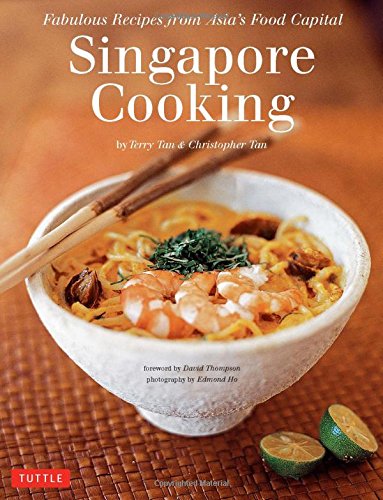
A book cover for Singapore Cooking: Fabulous Recipes from Asia's Food Capital [Singapore Cookbook, 111 Recipes]; Terry Tan; Cookbooks, Food & Wine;